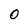
Character: 0